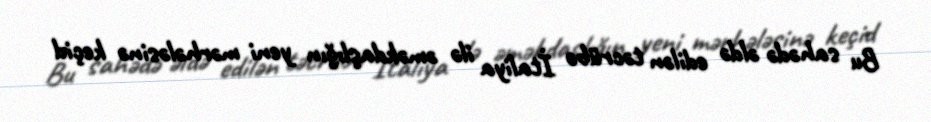
Bu sahədə əldə edilən təcrübə İtaliya ilə əməkdaşlığın yeni mərhələsinə keçid